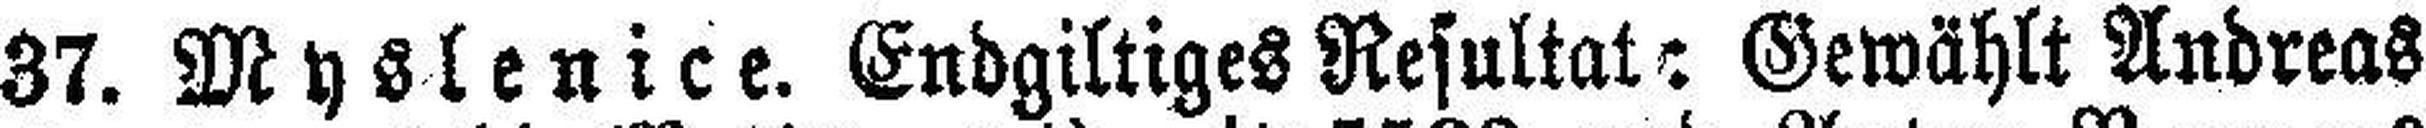
37. Myslenice. Endgiltiges Resultat: Gewählt Andreas